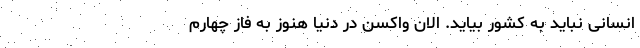
انسانی نباید به کشور بیاید. الان واکسن در دنیا هنوز به فاز چهارم